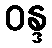
ဝန္ဒ